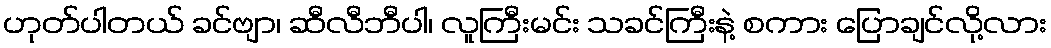
ဟုတ်ပါတယ် ခင်ဗျာ၊ ဆီလီဘီပါ၊ လူကြီးမင်း သခင်ကြီးနဲ့ စကား ပြောချင်လို့လား